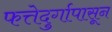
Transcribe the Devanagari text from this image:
फत्तेदुर्गापासून